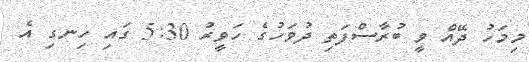
މިމަހު ދޭއް ވީ ބުރާސްފަތި ދުވަހުގެ ހަވީރު 5:30 ގައި ހިނގި އެ